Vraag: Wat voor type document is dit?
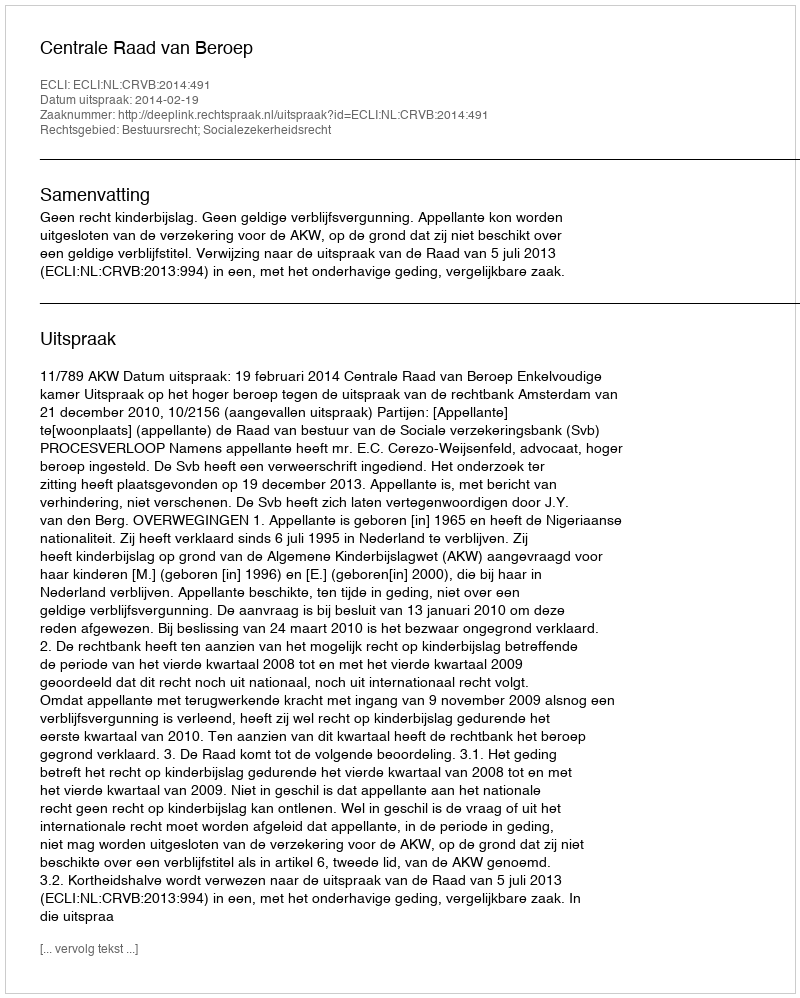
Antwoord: Uitspraak